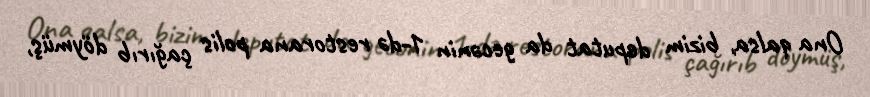
Ona qalsa, bizim deputat da gecənin 1-də restorana polis çağırıb döymüş,